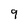
Character: 9